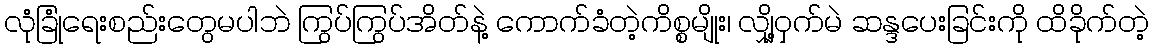
လုံခြုံရေးစည်းတွေမပါဘဲ ကြွပ်ကြွပ်အိတ်နဲ့ ကောက်ခံတဲ့ကိစ္စမျိုး၊ လျှို့ဝှက်မဲ ဆန္ဒပေးခြင်းကို ထိခိုက်တဲ့